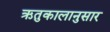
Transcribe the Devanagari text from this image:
ऋतुकालानुसार